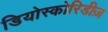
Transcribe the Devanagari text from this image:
डियोस्कोरिडीज़